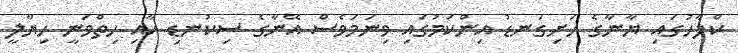
ކްލާހުގައި ޔާނާގެ ހަށިގަނޑު އިންކަމުގައި ވިނަމަވެސް އޭނާގެ ސިކުނޑި އާއި ހިތްވަނީ ހިޔާލީ